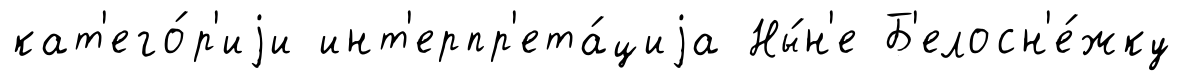
кат'его́р'иjи инт'ерпр'ета́циjа Ны́н'е Б'елосн'е́жку